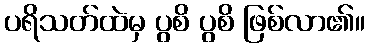
ပရိသတ်ထဲမှ ပွစိ ပွစိ ဖြစ်လာ၏။